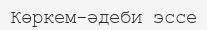
Көркем-әдеби эссе